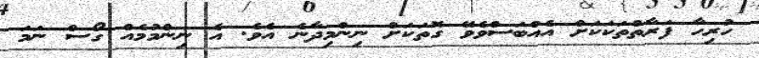
ހުރިހާ ފަރާތްތަކަކަށް އެއްބަސްވެވޭ ގޮތަކަށް ނިންމިދާނެ އެވެ. އެ ނިންމުމެއް ގޯސް ނަމަ